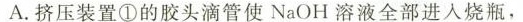
A.挤压装置①的胶头滴管使NaOH溶液全部进入烧瓶，